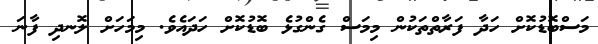
މަސްބޮޑުކޮށް ހަދާ ފަރާތްތަކުން މިމަސް ގެންގުޅެ ބޮޑުކޮށް ހަދައެވެ. މިމަހަށް ލޮނދި ފާނަ